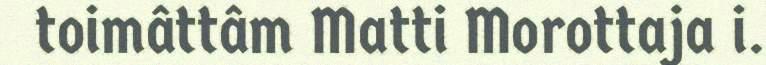
toimâttâm Matti Morottaja i.